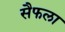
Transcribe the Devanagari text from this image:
सैफला